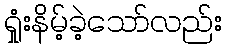
ရှုံးနိမ့်ခဲ့သော်လည်း